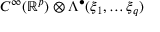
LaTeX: C ^ { \infty } ( \mathbb { R } ^ { p } ) \otimes \Lambda ^ { \bullet } ( \xi _ { 1 } , \dots \xi _ { q } )